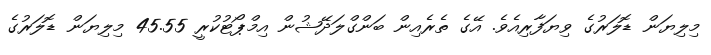
މިލިޔަން ޑޮލަރުގެ ވިޔަފާރިއެވެ. އޭގެ ތެރެއިން ބަންގްލަދޭޝުން އިމްޕޯޓުކުރީ 45.55 މިލިޔަން ޑޮލަރުގެ